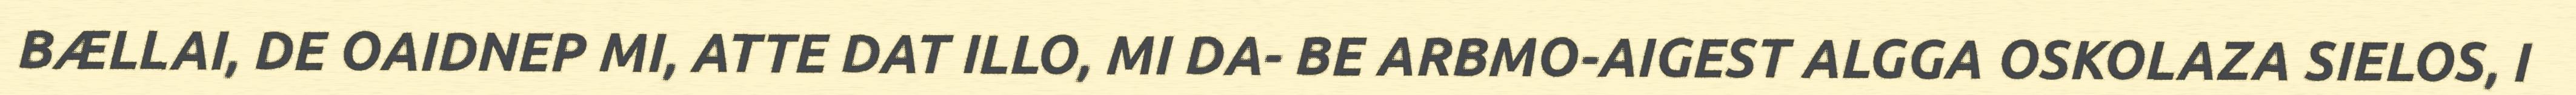
BÆLLAI, DE OAIDNEP MI, ATTE DAT ILLO, MI DA- BE ARBMO-AIGEST ALGGA OSKOLAZA SIELOS, I